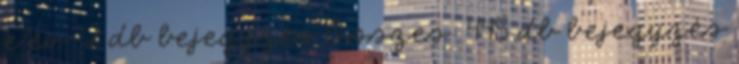
e év: 2 db bejegyzés Összes: 445 db bejegyzés